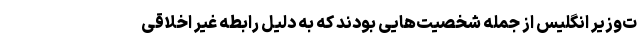
ت‌وزیر انگلیس از جمله شخصیت‌هایی بودند که به دلیل رابطه غیر اخلاقی